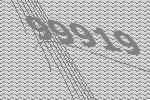
99919